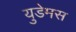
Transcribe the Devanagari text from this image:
युडेमस